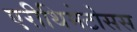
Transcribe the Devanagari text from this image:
एरीथिमेटोसस